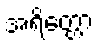
အရိတ္တော